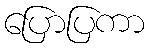
ပြောပြကာ